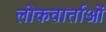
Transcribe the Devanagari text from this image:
लोकवार्ताओं